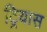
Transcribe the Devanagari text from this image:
ट्रियास